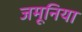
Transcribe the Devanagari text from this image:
जमूनिया